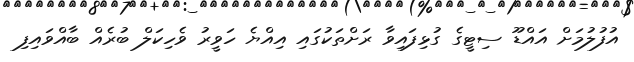
އުފުލުމަށް އައްޑޫ ސިޓީގެ ގުޅިފައިވާ ރަށްތަކުގައި އިއްޔެ ހަވީރު ވެހިކަލް ބުރެއް ބާއްވައިފި